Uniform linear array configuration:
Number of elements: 64
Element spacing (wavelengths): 1
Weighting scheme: kaiser
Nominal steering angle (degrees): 0
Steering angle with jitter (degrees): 1.553
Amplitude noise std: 0.05
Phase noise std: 0.05

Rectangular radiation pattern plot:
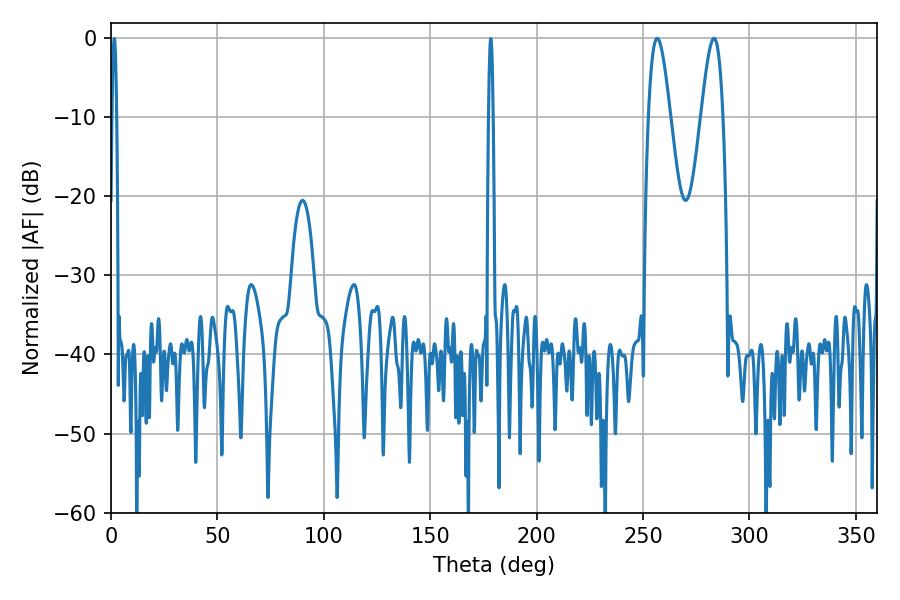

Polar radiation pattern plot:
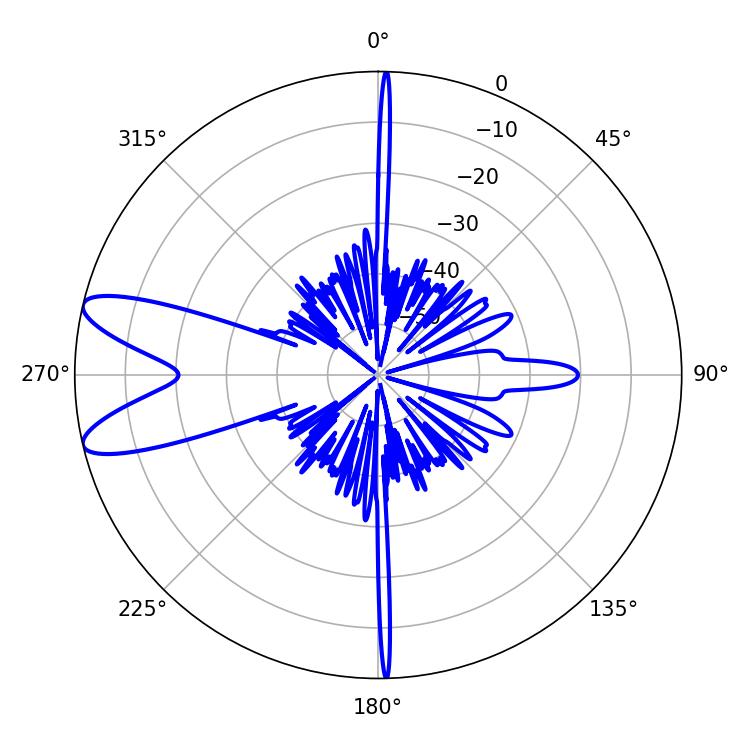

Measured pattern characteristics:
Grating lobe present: TRUE
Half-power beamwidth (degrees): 5.58
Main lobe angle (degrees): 283.32